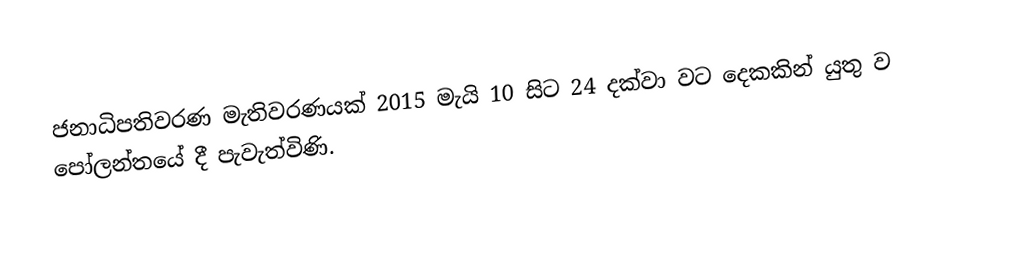
ජනාධිපතිවරණ මැතිවරණයක් 2015 මැයි 10 සිට 24 දක්වා වට දෙකකින් යුතු ව පෝලන්තයේ දී පැවැත්විණි.